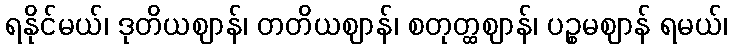
ရနိုင်မယ်၊ ဒုတိယဈာန်၊ တတိယဈာန်၊ စတုတ္ထဈာန်၊ ပဉ္စမဈာန် ရမယ်၊